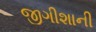
જીગીશાની